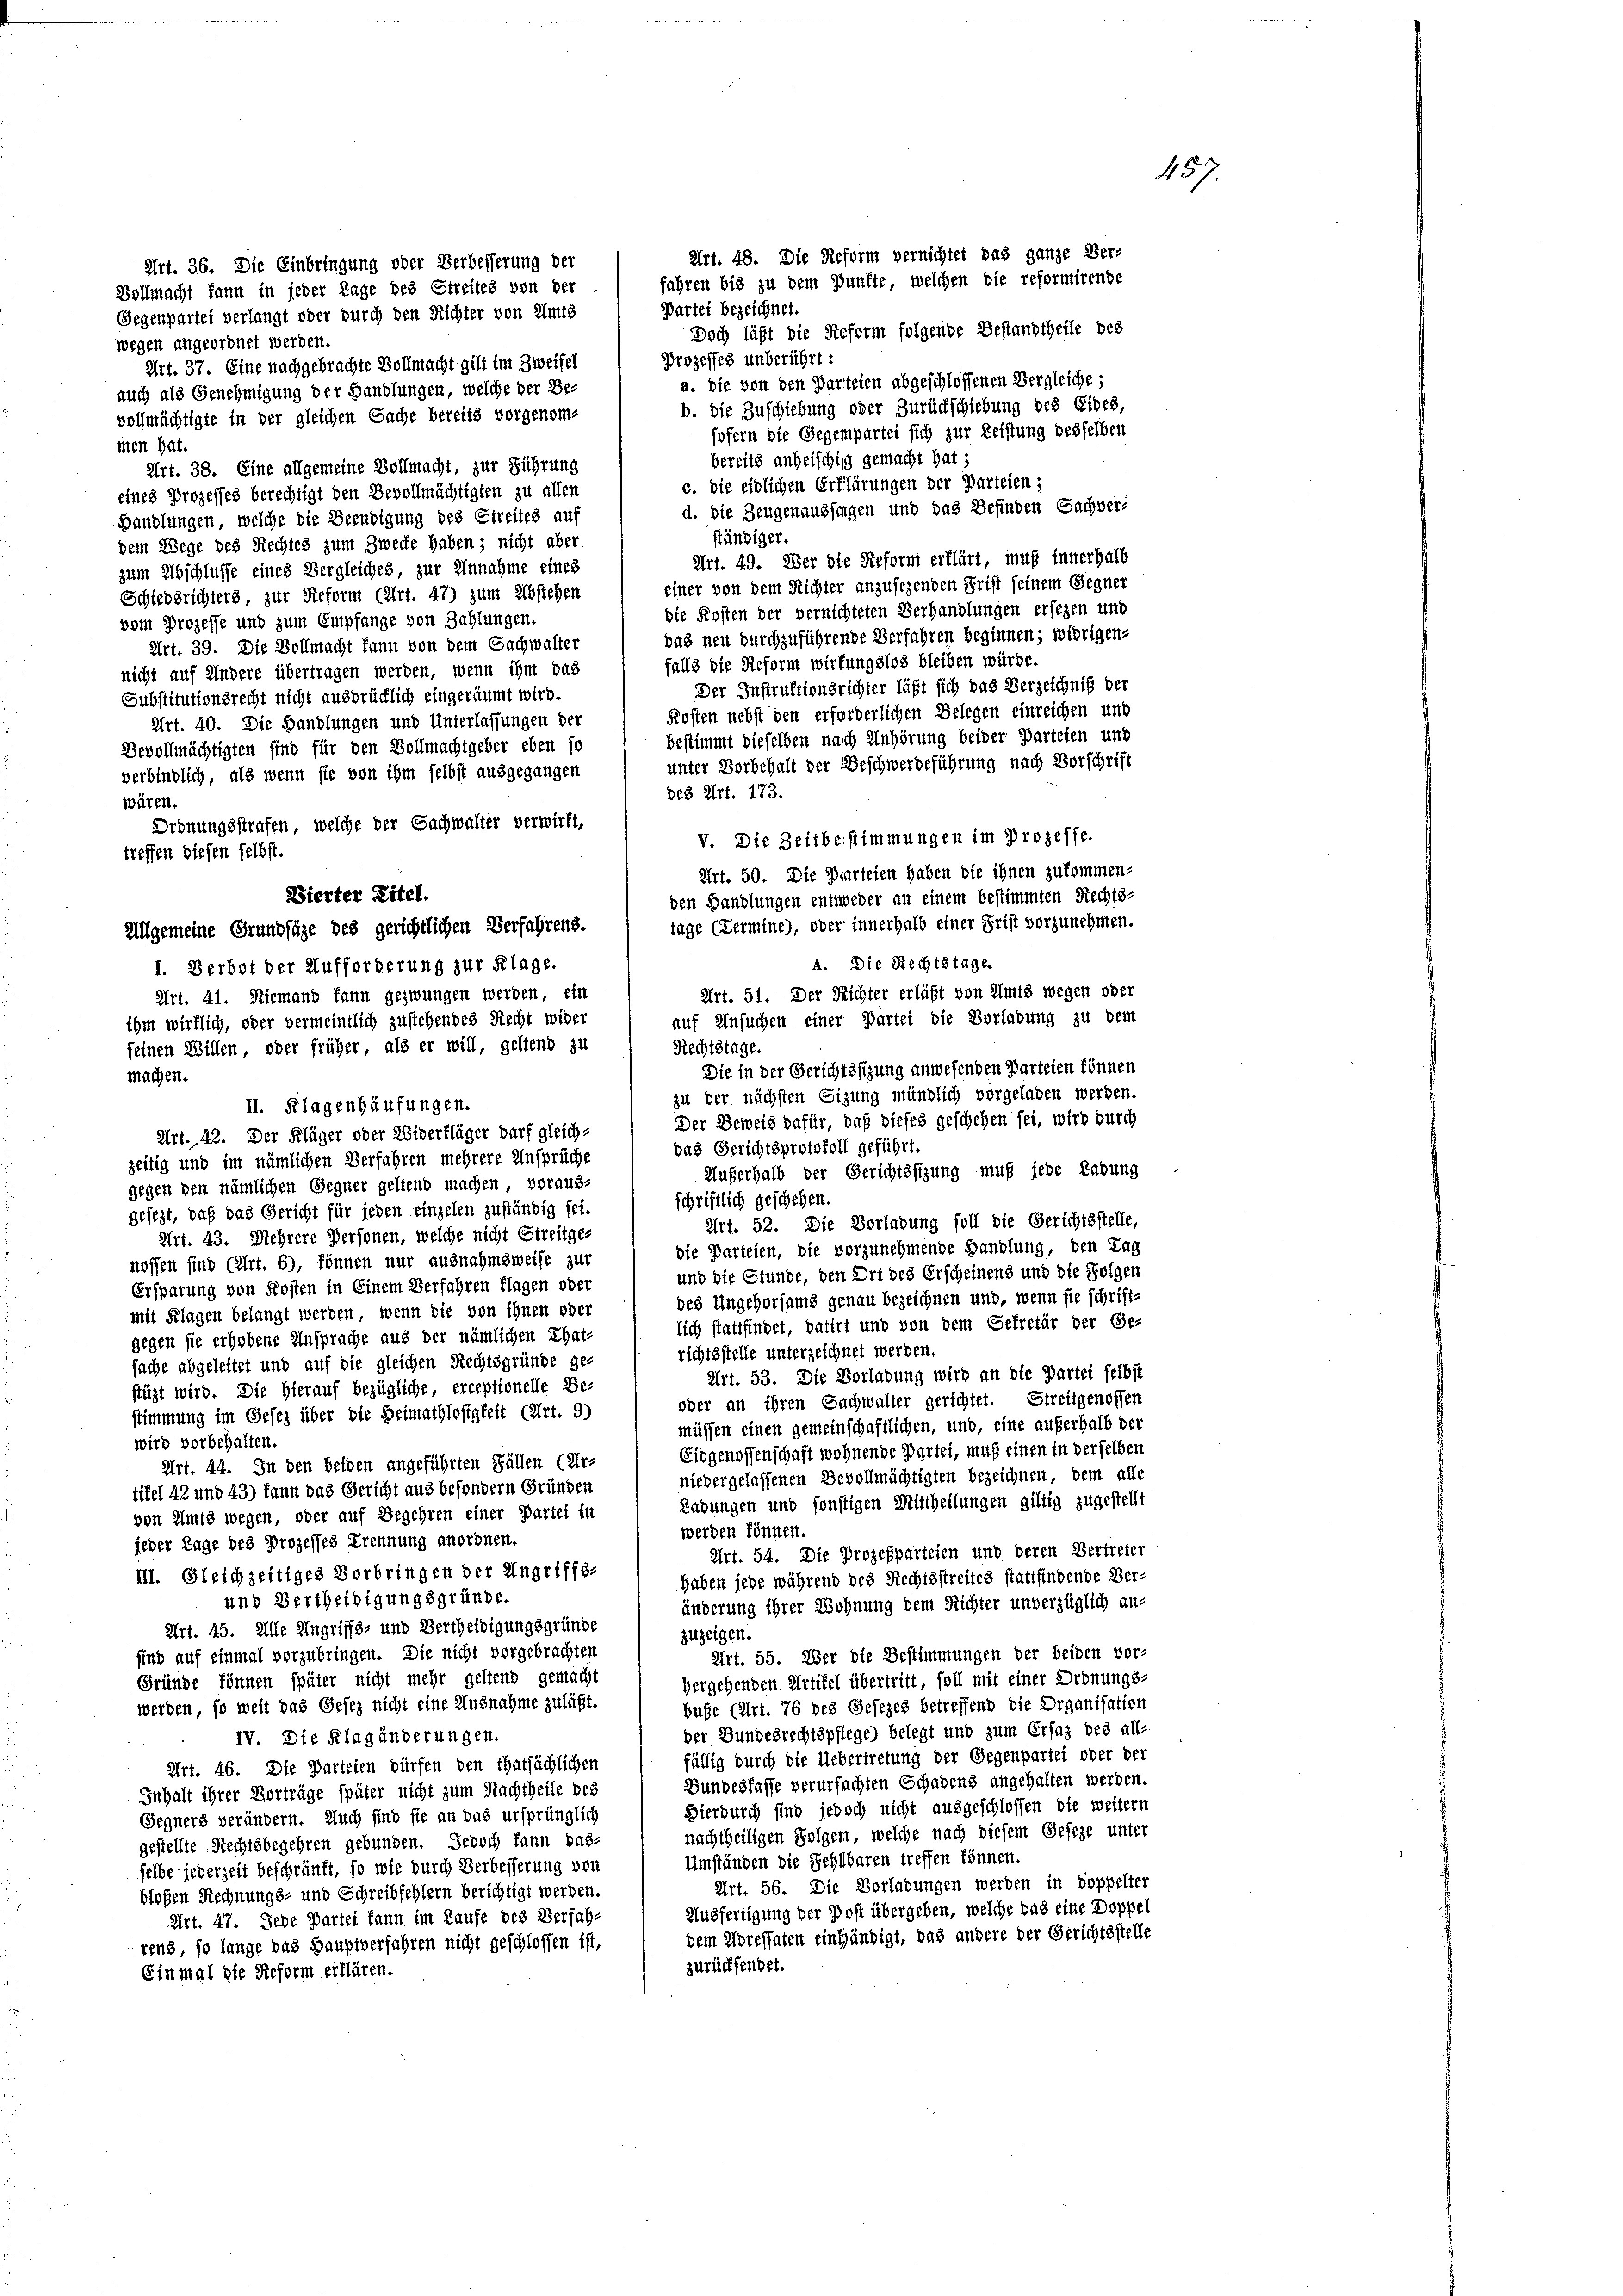
Art. 36. Die Einbringung oder Verbesserung der
Vollmacht kann in jeder Tage des Streites von der
Partei bezeichnet.
Gegenpartei verlangt oder durch den Richter von Amts
wegen angeordnet werden.
Prozesses unberührt:
Art. 37. Eine nachgebrachte Vollmacht gilt im Zweifel
a. die von den Parteien abgeschlossenen Vergleiche;
auch als Genehmigung der Handlungen, welche der Be-
b. die Zuschiebung oder Zurückschiebung des Eides,
vollmächtigte in der gleichen Sache bereits vorgenomsofern die Gegenpartei sich zur Leistung desselben
men hat.
bereits anheischig gemacht hat;
Art. 38. Eine allgemeine Vollmacht, zur Führung
c. die eidlichen Erklärungen der Parteien;
eines Prozesses berechtigt den Bevollmächtigten zu allen
d. die Zeugenaussagen und das Befinden Sachver-
Handlungen, welche die Beendigung des Streites auf
ständiger.
dem Wege des Rechtes zum Zwecke haben; nicht aber
Art. 49. Wer die Reform erklärt, muß innerhalb
zum Abschlusse eines Vergleiches, zur Unnahme eines
einer von dem Richter anzufegenden Frist seinem Gegner
Schiedsrichters, zur Reform (Art. 47) zum Abstehen
die Kosten der vernichteten Verhandlungen ersezen und
vom Prozesse und zum Empfange von Zahlungen.
das neu durchzuführende Verfahren beginnen; widrigen-
Art. 39. Die Vollmacht kann von dem Sachwalter
falls die Reform wirkungslos bleiben würde.
nicht auf Andere übertragen werden, wenn ihm das
Der Instruktionsrichter läßt sich das Verzeichniß der
Substitutionsrecht nicht ausdrücklich eingeräumt wird.
Kosten nebst den erforderlichen Belegen einreichen und
Art. 40. Die Handlungen und Unterlassungen der
bestimmt dieselben nach Anhörung beider Parteien und
Devollmächtigten sind für den Vollmachtgeber eben so
unter Vorbehalt der Beschwerdeführung nach Vorschrift
verbindlich, als wenn sie von ihm selbst ausgegangen
des Art. 173.
wären.
Ordnungsstrafen, welche der Sachwalter verwirft,
V. Die Zeitbestimmungen im Prozesse.
Art. 50. Die Parteien haben die ihnen zukommen-
den Handlungen entweder an einem bestimmten Rechts-
tage (Termine), oder innerhalb einer Frist vorzunehmen.
Art. 51. Der Richter erläßt von Amts wegen oder
Rechtstage.
Die in der Gerichtssitzung anwesenden Parteien können
machen.
zu der nächsten Sizung mündlich vorgeladen werden.
Der Beweis dafür, daß dieses geschehen sei, wird durch
Art. 42. Der Kläger oder Widerfläger darf gleich-
das Gerichtsprotokoll geführt.
zeitig und im nämlichen Verfahren mehrere Ansprüche
Außerhalb der Gerichtssitzung muß jede Ladung
gegen den nämlichen Gegner geltend machen, voraus-
schriftlich geschehen.
gesezt, daß das Gericht für jeden einzelen zuständig sei.
Art. 52. Die Vorhabung soll die Gerichtsstelle,
Art. 43. Mehrere Personen, welche nicht Streitge-
die Parteien, die vorzunehmende Handlung, den Tag
nossen sind (Art. 6), können nur ausnahmsweise zur
und die Stunde, den Ort des Erscheinens und die Folgen
Ersparung von Kosten in Einem Verfahren flagen oder
des Ungehorsams genau bezeichnen und, wenn sie schrift-
mit Klagen belangt werden, wenn die von ihnen oder
lich stattfindet, datirt und von dem Gefretär der Ge-
gegen sie erhobene Ansprache aus der nämlichen That-
richtsstelle unterzeichnet werden.
sache abgeleitet und auf die gleichen Rechtsgründe ge-
Art. 53. Die Vorladung wird an die Partei selbst
stüzt wird. Die Hierauf bezügliche, erceptionelle Be-
oder an ihren Sachwalter gerichtet. Streitgenossen
stimmung im Gesez über die Heimathlosigkeit (Art. 9)
müssen einen gemeinschaftlichen, und, eine auferhalb der
wird vorbehalten.
Eidgenossenschaft wohnende Partei, muß einen in derselben
Art. 44. In den beiden angeführten Fällen (Ur-
niedergelassenen Bevollmächtigten bezeichnen, dem alle
tifel 42 und 43) kann das Gericht aus besondern Gründen
Labungen und sonstigen Mittheilungen giltig zugestellt
von Amts wegen, oder auf Begehren einer Partei in
werden können.
jeder Tage des Prozesses Trennung anordnen.
Art. 54. Die Prozesparteien und deren Vertreter
III. Gleichzeitiges Vorbringen der Ungriffs-
haben jede während des Rechtsstreites stattfindende Ver-
und Vertheidigungsgründe.
änderung ihrer Wohnung dem Richter unverzüglich an-
Art. 45. Alle Angriffs- und Vertheidigungsgründe
zuzeigen.
sind auf einmal vorzubringen. Die nicht vorgebrachten
Art. 55. Wer die Bestimmungen der beiden vor-
Gründe können später nicht mehr geltend gemacht
hergehenden Artikel übertritt soll mit einer Ordnungs-
werden, so weit das Gesez nicht eine Ausnahme zuläßt.
buse (Art. 76 des Gesezes betreffend die Organisation
der Bundesrechtspflege belegt und zum Ersaz des all-
IV. Die Klagänderungen.
fällig durch die Uebertretung der Gegenpartei oder der
Art. 46. Die Parteien dürfen den thatsächlichen
Bundesfasse verursachten Schadens angehalten werden.
Inhalt ihrer Vorträge später nicht zum Nachtheile des
Hierdurch sind jedoch nicht ausgeschlossen die weitern
Gegners verändern. Auch sind sie an das ursprünglich
nachtheiligen Folgen, welche nach diesem Geseze unter
gestellte Rechtsbegehren gebunden. Jedoch kann bas-
Umständen die Sehlbaren treffen können.
selbe jederzeit beschränkt, so wie durch Verbesserung von
Art. 56. Die Vorladungen werden in doppelter
bloßen Rechnungs- und Schreibfehlern berichtigt werden.
Ausfertigung der Post übergeben, welche das eine Doppel
Art. 47. Jede Partei kann im Laufe des Verfah-
dem Adressaten einhändigt, was andere der Gerichtsstelle
rens, so lange das Hauptverfahren nicht geschlossen ist,
zurücksendet.
Einmal die Reform erklären.

treffen diesen selbst.
Bierter Titel.
Allgemeine Grundsäge des gerichtlichen Verfahrens.
I. Derbot der Aufforderung zur Klage.
Art. 41. Niemand kann gezwungen werden, ein
ihm wirklich, oder vermeintlich zustehendes Recht wider
seinen Willen, oder früher, als er will, geltend zu
II. Klagenhäufungen.

A. Die Rechtstage.
auf Ansuchen einer Partei die Vorladung zu dem

Art. 48. Die Reform vernichtet das ganze Ver-
fahren bis zu dem Punkte, welchen die reformirende
Doch läßt die Reform folgende Bestandtheile des

e
457